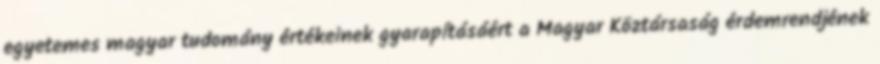
egyetemes magyar tudomány értékeinek gyarapításáért a Magyar Köztársaság érdemrendjének